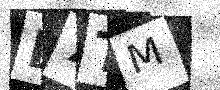
Text: B7TM